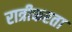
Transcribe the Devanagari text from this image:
रात्रीकरता